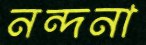
নন্দনা